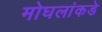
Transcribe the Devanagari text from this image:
मोघलांकडे